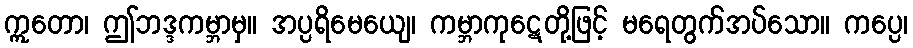
ဣတော၊ ဤဘဒ္ဒကမ္ဘာမှ။ အပ္ပရိမေယျေ၊ ကမ္ဘာကုဋေတို့ဖြင့် မရေတွက်အပ်သော။ ကပ္ပေ၊